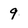
Character: 9